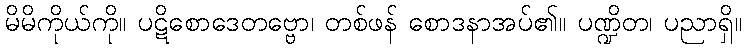
မိမိကိုယ်ကို။ ပဋိစောဒေတဗ္ဗော၊ တစ်ဖန် စောဒနာအပ်၏။ ပဏ္ဍိတ၊ ပညာရှိ။